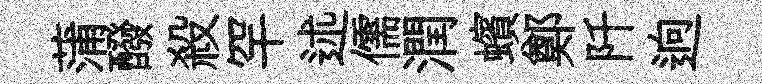
蒲醱殺罕述儒潤蠙鄭阡逈